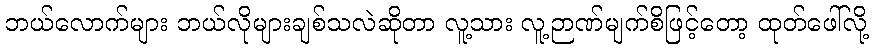
ဘယ်လောက်များ ဘယ်လိုများချစ်သလဲဆိုတာ လူ့သား လူ့ဉာဏ်မျက်စိဖြင့်တော့ ထုတ်ဖေါ်လို့